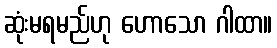
ဆုံးမရမည်ဟု ဟောသော ဂါထာ။